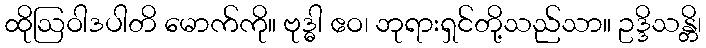
ထိုဩဝါဒပါတိ မောက်ကို။ ဗုဒ္ဓါ ဧဝ၊ ဘုရားရှင်တို့သည်သာ။ ဥဒ္ဒိသန္တိ၊